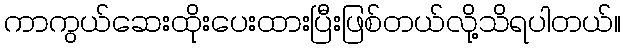
ကာကွယ်ဆေးထိုးပေးထားပြီးဖြစ်တယ်လို့သိရပါတယ်။